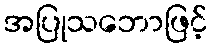
အပြုသဘောဖြင့်